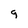
Character: g